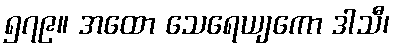
၅၇၉။ အထော သေရေယျကော ဒါသီ၊